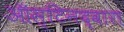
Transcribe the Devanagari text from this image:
ऑस्टिनद्वारा